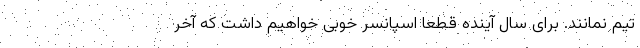
تیم نمانند. برای سال آینده قطعاً اسپانسر خوبی خواهیم داشت که آخر